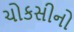
ચોકસીનો